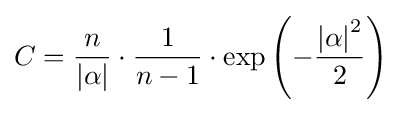
C={\frac {n}{\left|\alpha \right|}}\cdot {\frac {1}{n-1}}\cdot \exp \left(-{\frac {\left|\alpha \right|^{2}}{2}}\right)